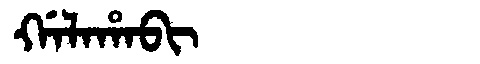
Manchu: ᡤᠠᠯᠠᡥᠠᠪᡳ
Romanization: GALAHABI